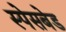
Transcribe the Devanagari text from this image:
स्पेसबेड